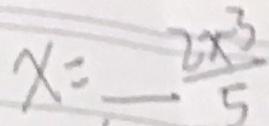
x = - \frac { 2 x - 3 } { 5 }